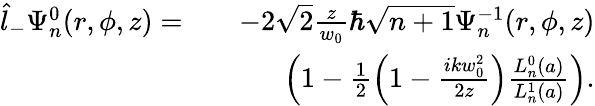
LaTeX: \begin{array}{rlr}{\hat{l}_{-}\Psi_{n}^{0}(r,\phi,z)=}&{}&{-2\sqrt{2}\frac{z}{w_{0}}\hbar\sqrt{n+1}\Psi_{n}^{-1}(r,\phi,z)}\\ &{}&{\left(1-\frac{1}{2}\left(1-\frac{ikw_{0}^{2}}{2z}\right)\frac{L_{n}^{0}(a)}{L_{n}^{1}(a)}\right).}\end{array}